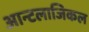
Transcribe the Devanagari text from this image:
आन्टलाजिकल